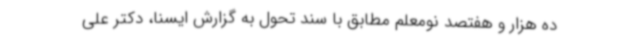
ده هزار و هفتصد نومعلم مطابق با سند تحول به گزارش ایسنا، دکتر علی